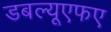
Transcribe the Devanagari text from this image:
डबल्यूएफए